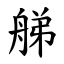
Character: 䑯